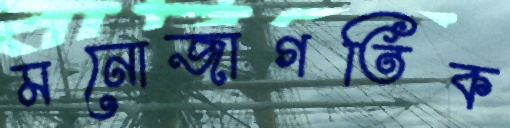
মনোজাগতিক